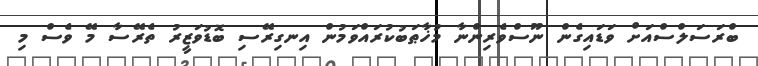
ބްރަސަލްސްއަށް ވަޑައިގެން ނޫސްވެރިންނާ މުޚާޠަބުކުރައްވަމުން އިނގިރޭސި ބޮޑުވަޒީރު ތެރޭސާ މޭ ވެސް މި